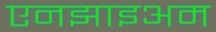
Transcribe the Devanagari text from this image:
एनझाइअम